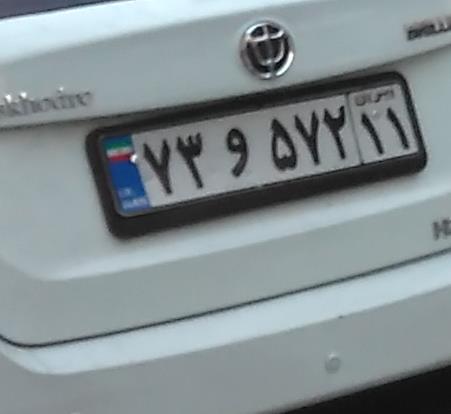
۷۳و۵۷۲۱۱